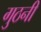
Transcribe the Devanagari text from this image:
गुठनी